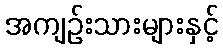
အကျဉ်းသားများနှင့်